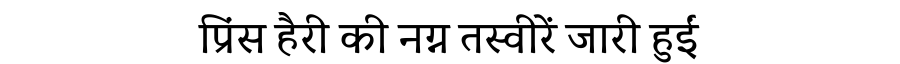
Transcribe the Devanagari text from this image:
प्रिंस हैरी की नग्न तस्वीरें जारी हुईं